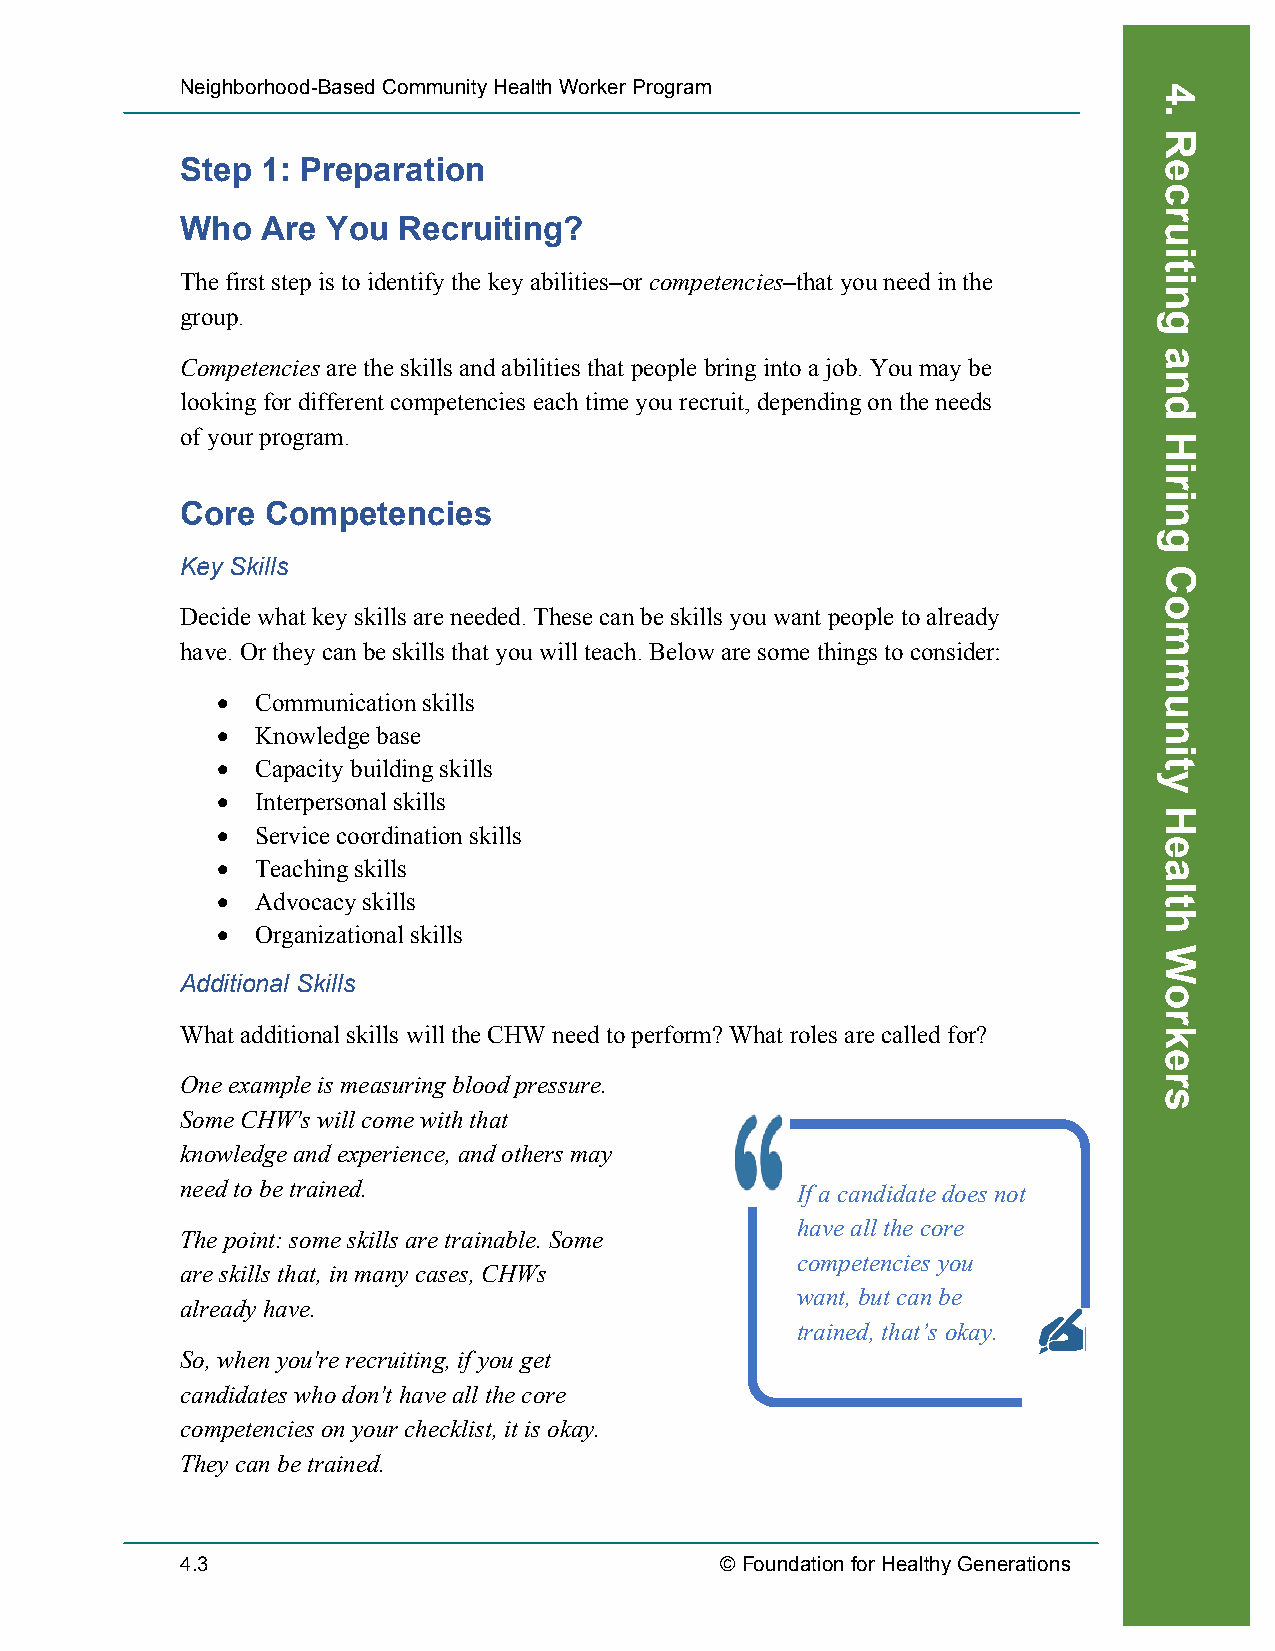
Neighborhood-Based Community Health Worker Program
 Step 1: Preparation
 Who  Are  You Recruiting?
 The first step is to identify the key abilities–or competencies–that you need in the
 group.
 Competencies are the skills and abilities that people bring into a job. You may be
 looking for different competencies each time you recruit, depending on the needs
 of your program.
 Core  Competencies
 Key Skills
 Decide what key skills are needed. These can be skills you want people to already
 have. Or they can be skills that you will teach. Below are some things to consider:
 •  Communication skills
 •  Knowledge base
 •  Capacity building skills
 •  Interpersonal skills
 •  Service coordination skills
 •  Teaching skills
 •  Advocacy skills
 •  Organizational skills
 Additional Skills
 What additional skills will the CHW need to perform? What roles are called for?
 One example is measuring blood pressure.
 Some CHW's will come with that
 knowledge and experience, and others may
 need to be trained.                      If a candidate does not
 have all the core
 The point: some skills are trainable. Some
 competencies you
 are skills that, in many cases, CHWs
 want, but can be
 already have.
 trained, that’s okay.
 So, when you're recruiting, if you get
 candidates who don't have all the core
 competencies on your checklist, it is okay.
 They can be trained.
 4.3                                 © Foundation for Healthy Generations
 Recruiting
 4.
 Recruiting
 and
 Hiring
 Community
 Health
 Workers